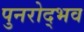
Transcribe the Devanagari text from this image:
पुनरोद्भव